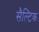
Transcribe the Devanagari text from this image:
सैल्टिक